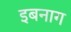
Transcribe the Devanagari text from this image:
इबनाग